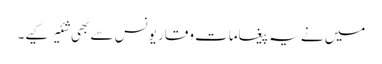
میں نے یہ پیغامات وقار یونس سے بھی شئیر کیے۔